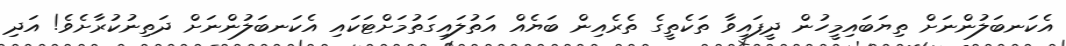
އެކަނބަލުންނަށް ތިޔަބައިމީހުން ދީފައިވާ ތަކެތީގެ ތެރެއިން ބަޔެއް އަތުލައިގަތުމަށްޓަކައި އެކަނބަލުންނަށް ދަތިނުކުރާށެވެ! އަދި